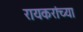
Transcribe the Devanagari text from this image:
रायकरांच्या